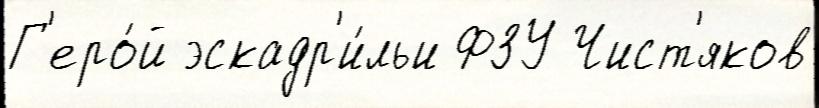
Г'еро́й эскадр'и́льи ФЗУ Чист'яков